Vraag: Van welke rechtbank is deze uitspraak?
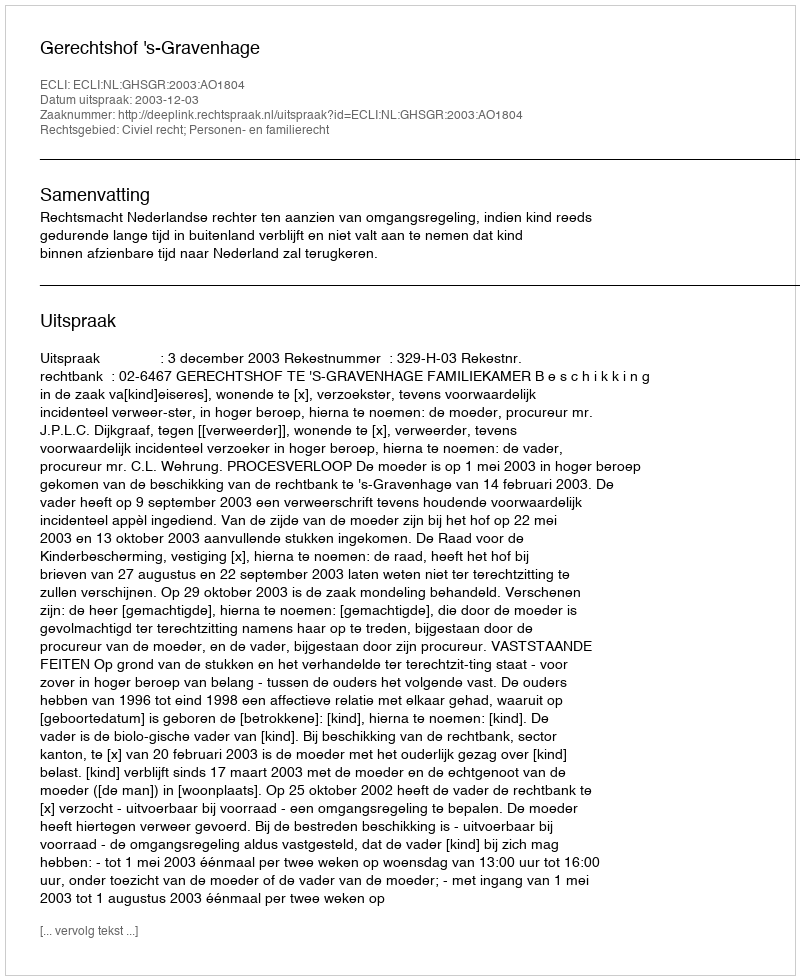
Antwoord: Gerechtshof 's-Gravenhage